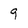
Character: 9